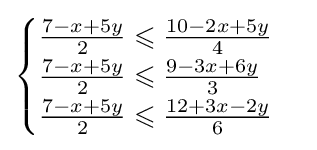
{\begin{cases}{\frac {7-x+5y}{2}}\leqslant {\frac {10-2x+5y}{4}}\\{\frac {7-x+5y}{2}}\leqslant {\frac {9-3x+6y}{3}}\\{\frac {7-x+5y}{2}}\leqslant {\frac {12+3x-2y}{6}}\\\end{cases}}